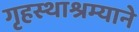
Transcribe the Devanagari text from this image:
गृहस्थाश्रम्याने